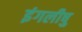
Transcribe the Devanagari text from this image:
इंगलीषु